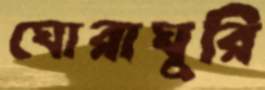
ঘোরাঘুরি